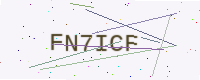
Text: FN7ICF